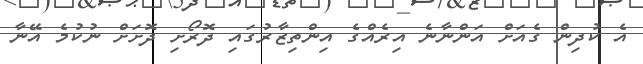
އެ ކުދިން ގެއަށް އަންނާނެ އިރެއްގެ އިންތިޒާރުގައި ދޮރޯށި ދޮށަށް ނުކުމެ އޭނާ